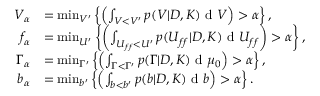
\begin{array} { r l } { V _ { \alpha } } & { = \operatorname* { m i n } _ { V ^ { \prime } } \left\{ \left( \int _ { V < V ^ { \prime } } p ( V | D , K ) \textup { d } V \right) > \alpha \right\} , } \\ { f _ { \alpha } } & { = \operatorname* { m i n } _ { U ^ { \prime } } \left\{ \left( \int _ { U _ { f f } < U ^ { \prime } } p ( U _ { f f } | D , K ) \textup { d } U _ { f f } \right) > \alpha \right\} , } \\ { \Gamma _ { \alpha } } & { = \operatorname* { m i n } _ { \Gamma ^ { \prime } } \left\{ \left( \int _ { \Gamma < \Gamma ^ { \prime } } p ( \Gamma | D , K ) \textup { d } \mu _ { 0 } \right) > \alpha \right\} , } \\ { b _ { \alpha } } & { = \operatorname* { m i n } _ { b ^ { \prime } } \left\{ \left( \int _ { b < b ^ { \prime } } p ( b | D , K ) \textup { d } b \right) > \alpha \right\} . } \end{array}